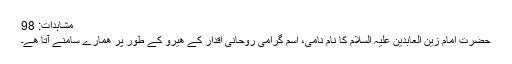
مشاہدات: 98
حضرت امام زین العابدین علیہ السلام کا نام نامى، اسم گرامی روحانی اقدار کے ھیرو کے طور پر ھمارے سامنے آتا ھے۔